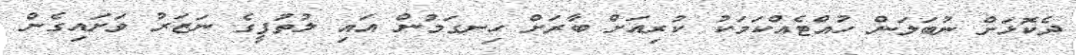
ދެކޮޅަށް ނުބަލަން ހުއްޓެއްކަމަކު ކުރިއަށް ބާރަށް ހިނގަމުން އައި ލުތުފީގެ ނަޒަރު ވަށައިގެން